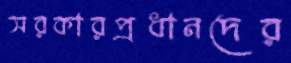
সরকারপ্রধানদের